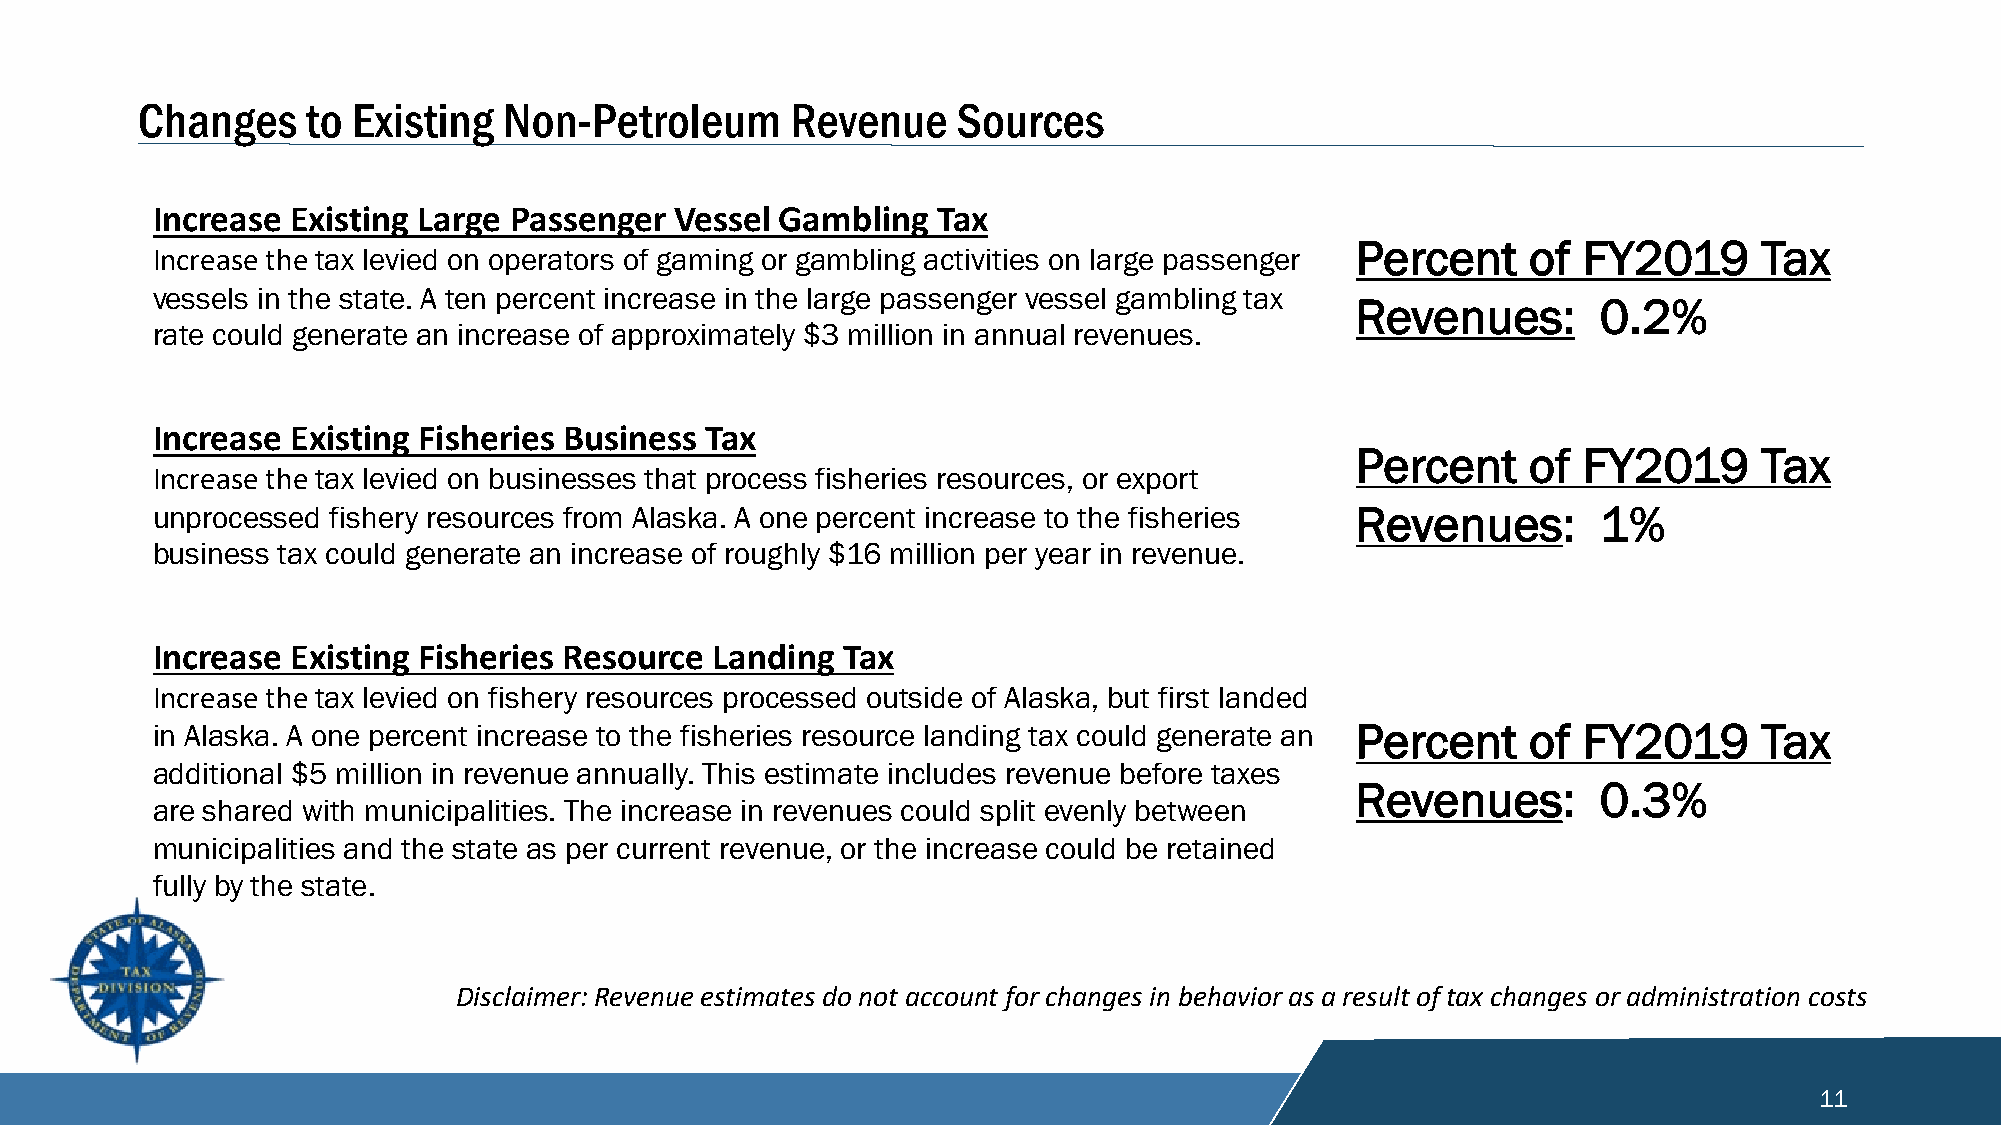
Changes    to Existing  Non-Petroleum      Revenue    Sources
 Increase Existing Large Passenger  Vessel Gambling  Tax
 Percent    of  FY2019      Tax
 Increase the tax levied on operators of gaming or gambling activities on large passenger
 vessels in the state. A ten percent increase in the large passenger vessel gambling tax
 Revenues:       0.2%
 rate could generate an increase of approximately $3 million in annual revenues.
 Increase Existing Fisheries Business Tax
 Percent    of  FY2019      Tax
 Increase the tax levied on businesses that process fisheries resources, or export
 unprocessed fishery resources from Alaska. A one percent increase to the fisheries Revenues:    1%
 business tax could generate an increase of roughly $16 million per year in revenue.
 Increase Existing Fisheries Resource Landing  Tax
 Increase the tax levied on fishery resources processed outside of Alaska, but first landed
 in Alaska. A one percent increase to the fisheries resource landing tax could generate an Percent of FY2019 Tax
 additional $5 million in revenue annually. This estimate includes revenue before taxes
 Revenues:       0.3%
 are shared with municipalities. The increase in revenues could split evenly between
 municipalities and the state as per current revenue, or the increase could be retained
 fully by the state.
 Disclaimer: Revenue estimates do not account for changes in behavior as a result of tax changes or administration costs
 11